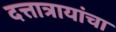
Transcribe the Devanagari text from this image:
दत्तात्रायांचा